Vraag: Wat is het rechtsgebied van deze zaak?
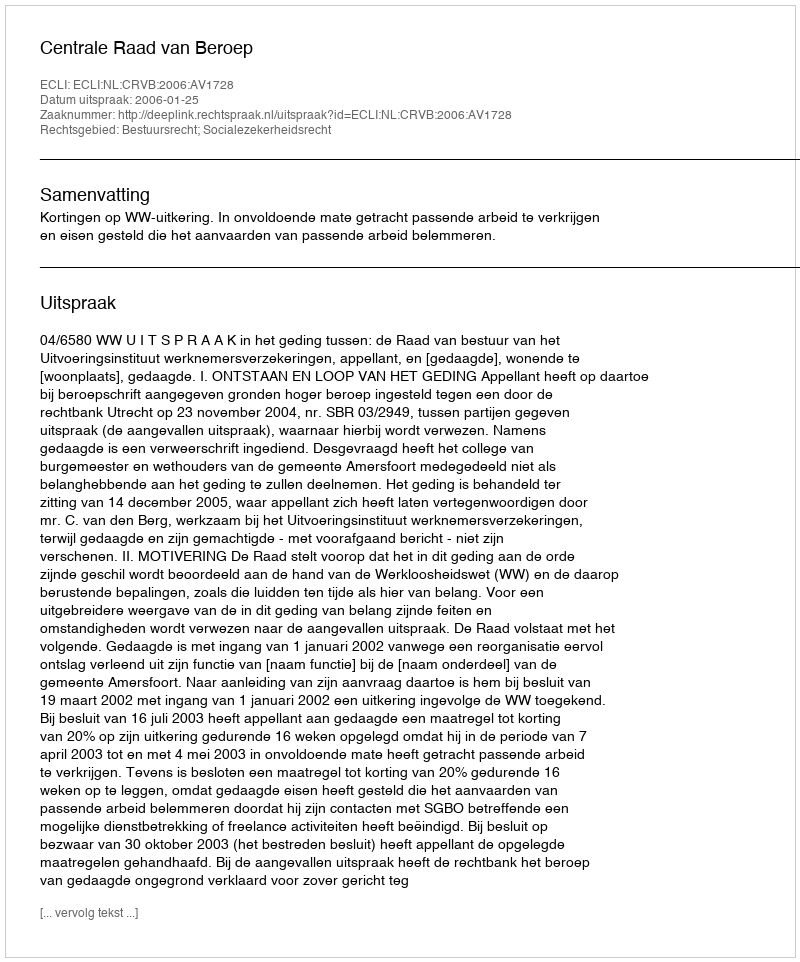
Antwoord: Bestuursrecht; Socialezekerheidsrecht